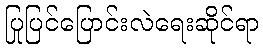
ပြုပြင်ပြောင်းလဲရေးဆိုင်ရာ